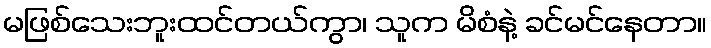
မဖြစ်သေးဘူးထင်တယ်ကွာ၊ သူက မိစံနဲ့ ခင်မင်နေတာ။